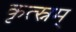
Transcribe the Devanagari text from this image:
कृत्स्नम्‌